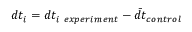
d t _ { i } = d t _ { i ~ e x p e r i m e n t } - \bar { d t } _ { c o n t r o l }